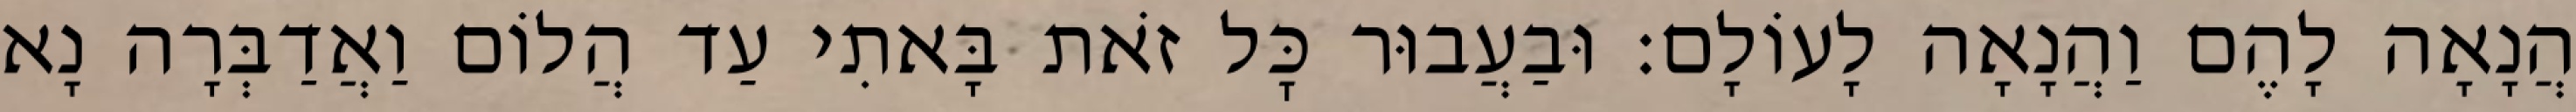
הֲנָאָה לָהֶם וַהֲנָאָה לָעוֹלָם: וּבַעֲבוּר כׇּל זֹאת בָּאתִי עַד הֲלוֹם וַאֲדַבְּרָה נָא